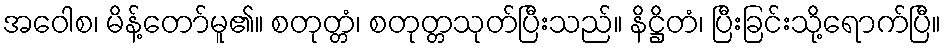
အဝေါစ၊ မိန့်တော်မူ၏။ စတုတ္တံ၊ စတုတ္တသုတ်ပြီးသည်။ နိဋ္ဌိတံ၊ ပြီးခြင်းသို့ရောက်ပြီ။